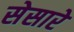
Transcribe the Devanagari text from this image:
सेसारे